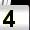
Digit: 4